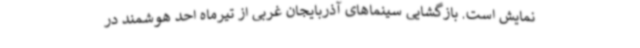
نمایش است. بازگشایی سینماهای آذربایجان غربی از تیرماه احد هوشمند در